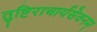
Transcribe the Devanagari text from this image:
तुष्टिराचार्यसेवनम्